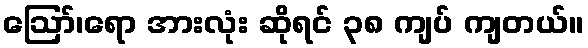
ဪ၊ရော အားလုံး ဆိုရင် ၃၈ ကျပ် ကျတယ်။